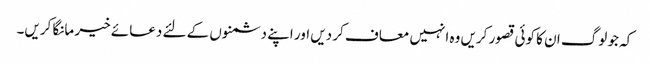
کہ جو لوگ ان کا کوئی قصور کریں وہ انہیں معاف کر دیں اور اپنے دشمنوں کے لئے دعائے خیر مانگا کریں۔